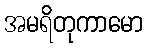
အမရိတုကာမော